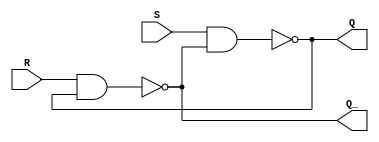
module SR_Latch(S, R, Q, Q_);
input S, R;
output Q, Q_;

assign Q = ~(S & Q_);
assign Q_ = ~(R & Q);
endmodule

module D_FF(D, clk, Q, Q_);
input D, clk;
output Q, Q_;

wire temp1, temp2, temp3;

SR_Latch SR1(.S(temp3), .R(clk), .Q_(temp1));
SR_Latch SR2(.S(clk&temp1), .R(D), .Q(temp2), .Q_(temp3));
SR_Latch SR3(.S(temp1), .R(temp2), .Q(Q), .Q_(Q_));

endmodule

module JK_FF(J, K, clk, Q, Q_);
input J, K, clk;
output Q, Q_;

wire D;

assign D = ((~K) & Q) | (J & Q_);

D_FF D1(.D(D), .clk(~clk), .Q(Q), .Q_(Q_));

endmodule